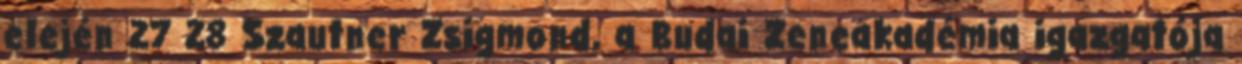
elején 27 28 Szautner Zsigmond, a Budai Zeneakadémia igazgatója